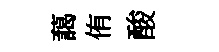
藹侑酸